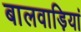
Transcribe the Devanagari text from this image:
बालवाड़ियां